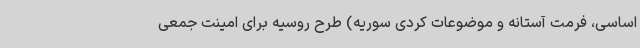
اساسی، فرمت آستانه و موضوعات کردی سوریه) طرح روسیه برای امینت جمعی